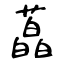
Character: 藠